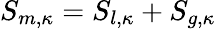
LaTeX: S_{m,\kappa}=S_{l,\kappa}+S_{g,\kappa}